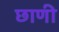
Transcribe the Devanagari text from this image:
छाणी